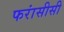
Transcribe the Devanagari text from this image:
फरांसीसी